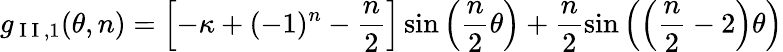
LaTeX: g_{\mathrm{~I~I~},1}(\theta,n)=\left[-\kappa+(-1)^{n}-\frac{n}{2}\right]\sin\left(\frac{n}{2}\theta\right)+\frac{n}{2}\sin\left(\left(\frac{n}{2}-2\right)\theta\right)